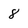
Character: 8